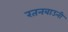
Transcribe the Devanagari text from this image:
रतनबाउनी